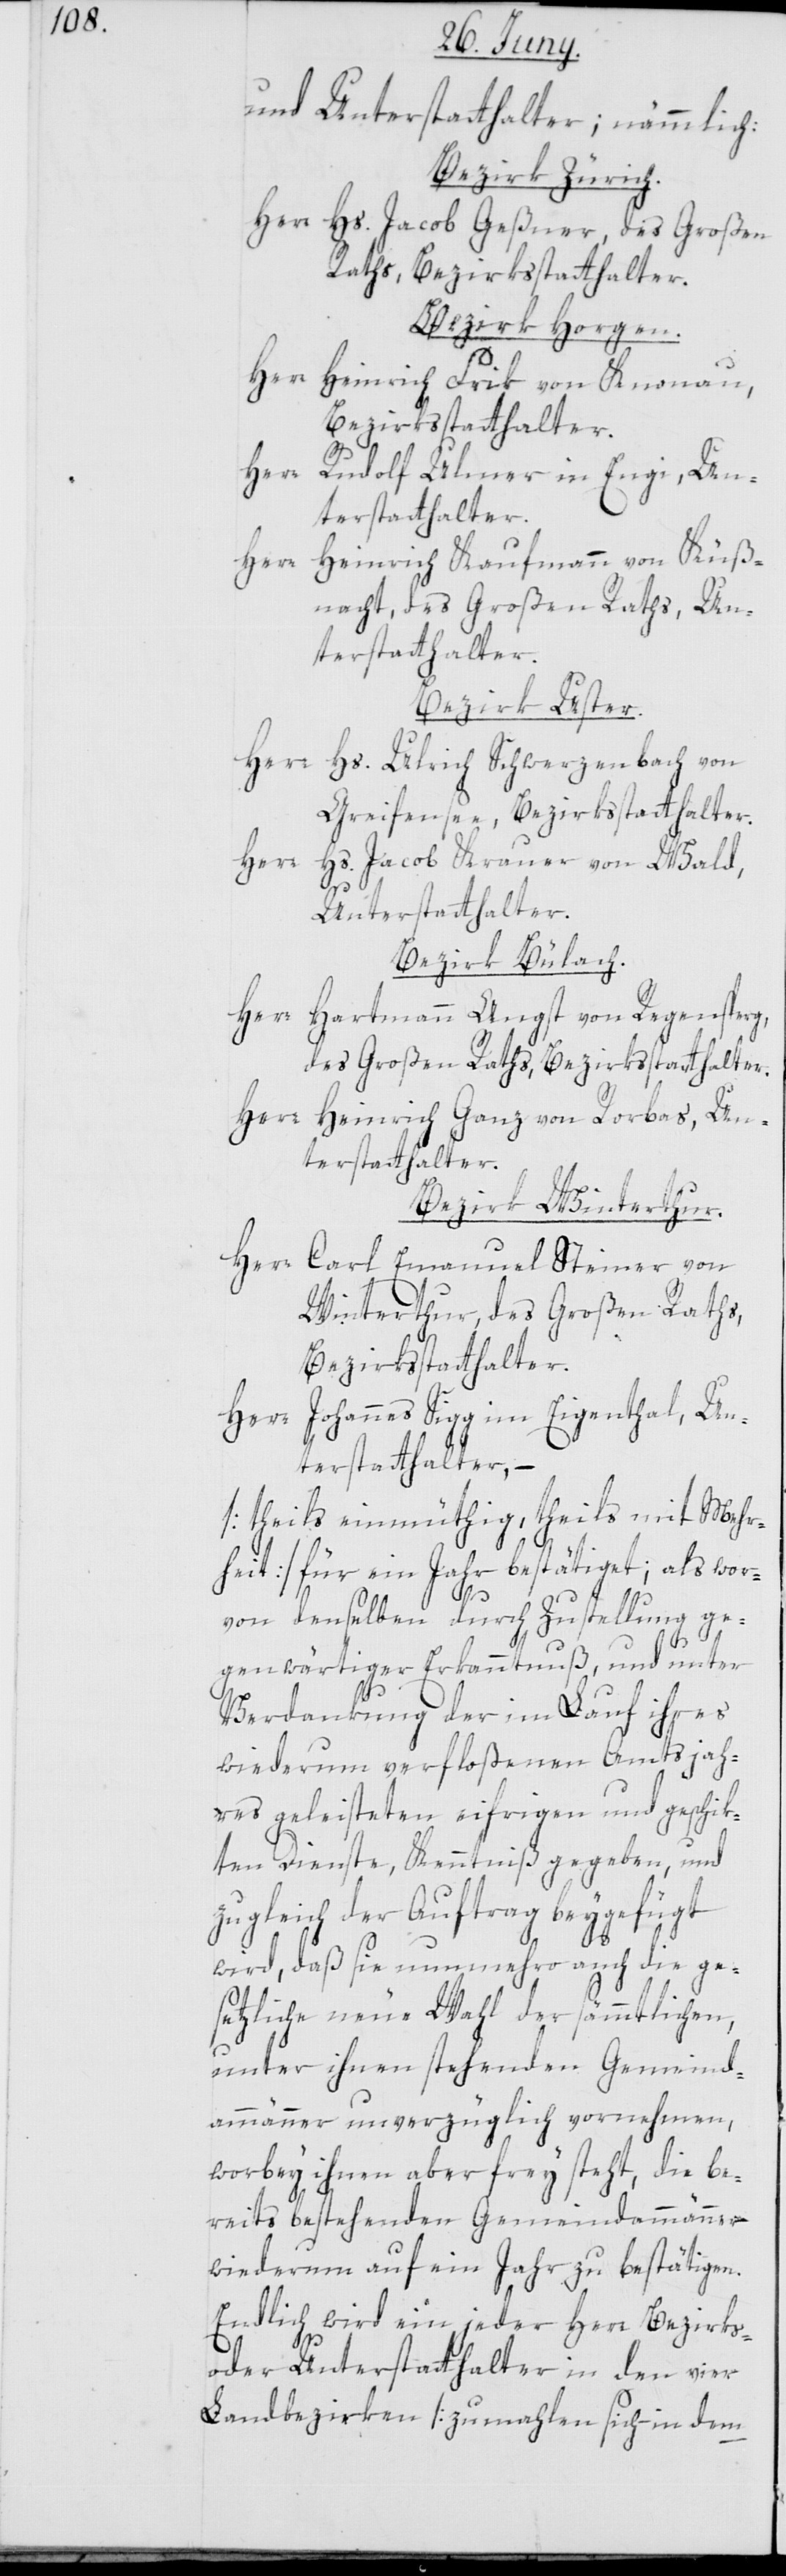
und Unterstatthalter; nämmlich:
Bezirk Zürich.
Herr Hs. Jacob Geßner, des Großen
Raths, Bezirksstatthalter.
Bezirk Horgen.
Herr Heinrich Frik von Knonau,
Bezirksstatthalter.
Herr Rudolf Ulmer in Engi, Un¬
terstatthalter.
Herr Heinrich Kaufmann von Küß¬
nacht, des Großen Raths, Un¬
terstatthalter.
Bezirk Uster.
Herr Hs. Ulrich Schwerzenbach von
Greifensee, Bezirksstatthalter.
Herr
Hs. Jacob Krauer von Wald,
Unterstatthalter.
Bezirk Bülach.
Herr Hartmann Angst von Regensperg,
des Großen Raths, Bezirksstatthalter.
Herr Heinrich Ganz von Rorbas, Un¬
terstatthalter.
Bezirk Winterthur.
Herr Carl Emanuel Steiner von
Winterthur, der Großen Raths,
Bezirksstatthalter.
Herr Johannes Sigg im Eigenthal, Un¬
terstatthalter, –
[theils einmüthig, theils mit Mehr¬
heit] für ein Jahr bestätiget; als wor¬
von denselben durch Zustellung ge¬
genwärtiger Erkanntnuß, und unter
Verdankung der im Lauf ihres
wiederum verfloßenen Amtsjah¬
res geleisteten eifrigen und geschik¬
ten Dienste, Kenntniß gegeben, und
zugleich der Auftrag beygefügt
wird, daß sie nunmehro auch die ge¬
setzliche neue Wahl der sämmtlichen,
unter ihnen stehenden Gemeind¬
ammänner unverzüglich vornehmen,
worbey ihnen aber frey steht, die be¬
reits bestehenden Gemeindammänner
wiederum auf ein Jahr zu bestätigen.
Endlich wird ein jeder Herr Bezirks-
oder Unterstatthalter in den vier
Landbezirken [zumahlen sich in dem